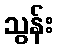
သွန်း